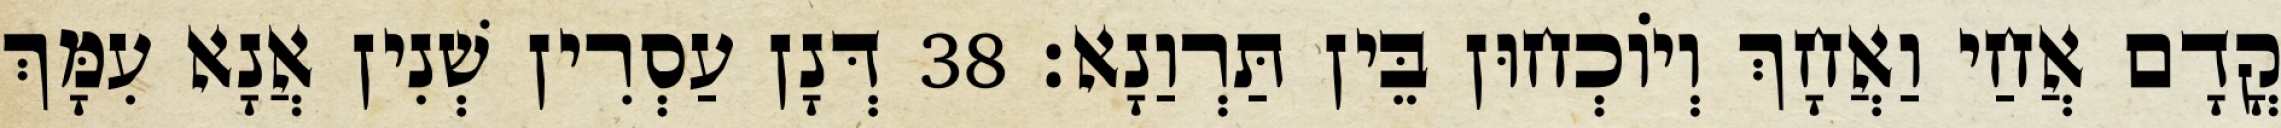
קֳדָם אֲחַי וַאֲחָךְ וְיוֹכְחוּן בֵּין תַּרְוַנָא׃ 38 דְּנָן עַסְרִין שְׁנִין אֲנָא עִמָּךְ